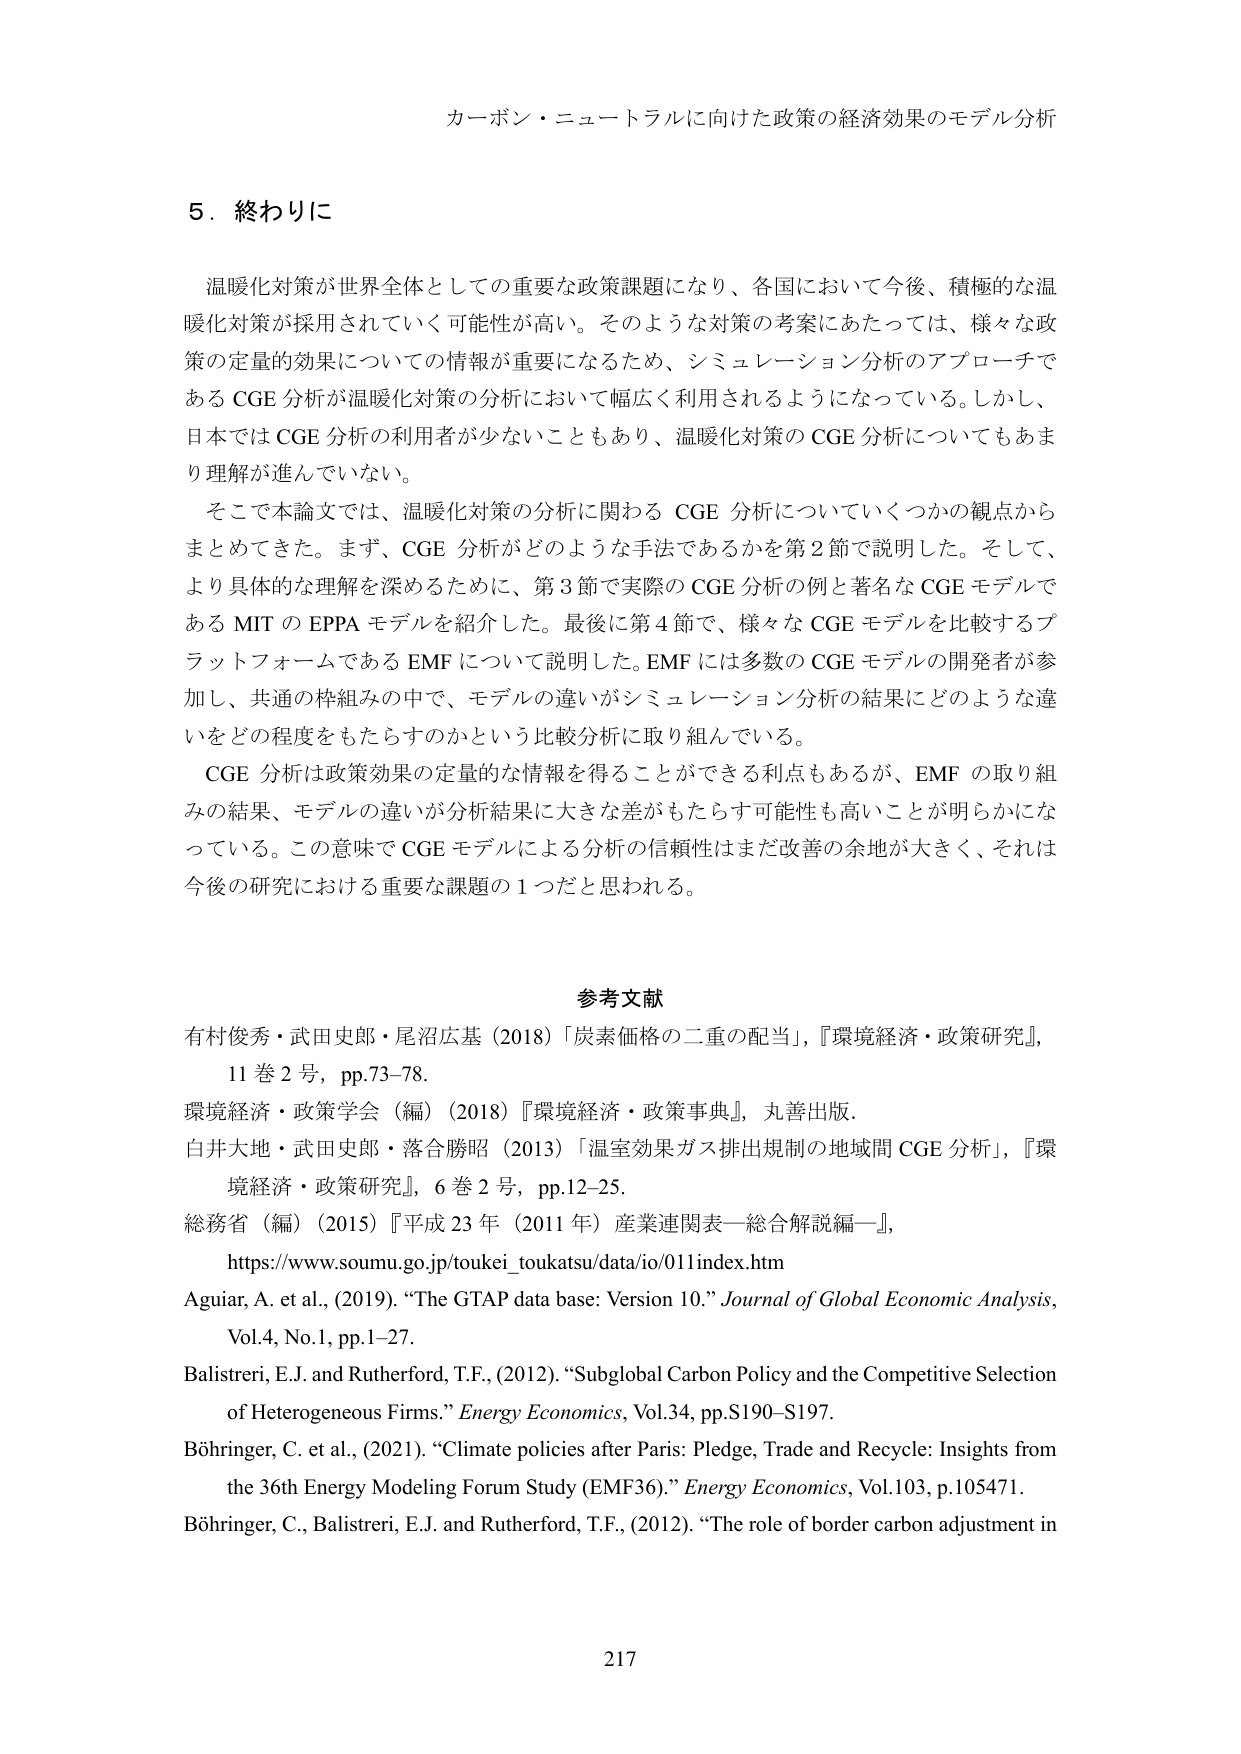
カーボン・ニュートラルに向けた政策の経済効果のモデル分析

5．終わりに

温暖化対策が世界全体としての重要な政策課題になり、各国において今後、積極的な温暖化対策が採用されていく可能性が高い。そのような対策の考案にあたっては、様々な政策の定量的効果についての情報が重要になるため、シミュレーション分析のアプローチである CGE 分析が温暖化対策の分析において幅広く利用されるようになっている。しかし、日本では CGE 分析の利用者が少ないこともあり、温暖化対策の CGE 分析についてもあまり理解が進んでいない。

そこで本論文では、温暖化対策の分析に関わる CGE 分析についていくつかの観点からまとめてきた。まず、CGE 分析がどのような手法であるかを第2節で説明した。そして、より具体的な理解を深めるために、第3節で実際の CGE 分析の例と著名な CGE モデルである MIT の EPPA モデルを紹介した。最後に第4節で、様々な CGE モデルを比較するプラットフォームである EMF について説明した。EMF には多数の CGE モデルの開発者が参加し、共通の枠組みの中で、モデルの違いがシミュレーション分析の結果にどのような違いをどの程度もたらすのかという比較分析に取り組んでいる。

CGE 分析は政策効果の定量的な情報を得ることができる利点もあるが、EMF の取り組みの結果、モデルの違いが分析結果に大きな差がもたらす可能性も高いことが明らかになっている。この意味で CGE モデルによる分析の信頼性はまだ改善の余地が大きく、それは今後の研究における重要な課題の1つだと思われる。

参考文献

有村俊秀・武田史郎・尾沼広基（2018）「炭素価格の二重の配当」，『環境経済・政策研究』，11巻2号，pp.73-78.

環境経済・政策学会（編）（2018）『環境経済・政策事典』，丸善出版.

白井大地・武田史郎・落合勝昭（2013）「温室効果ガス排出規制の地域間 CGE 分析」，『環境経済・政策研究』，6巻2号，pp.12-25.

総務省（編）（2015）『平成23年（2011年）産業連関表―総合解説編―』，https://www.soumu.go.jp/toukei_toukatsu/data/io/011index.htm

Aguiar, A. et al., (2019). “The GTAP data base: Version 10.” Journal of Global Economic Analysis, Vol.4, No.1, pp.1-27.

Balistreri, E.J. and Rutherford, T.F., (2012). “Subglobal Carbon Policy and the Competitive Selection of Heterogeneous Firms.” Energy Economics, Vol.34, pp.S190-S197.

Böhringer, C. et al., (2021). “Climate policies after Paris: Pledge, Trade and Recycle: Insights from the 36th Energy Modeling Forum Study (EMF36).” Energy Economics, Vol.103, p.105471.

Böhringer, C., Balistreri, E.J. and Rutherford, T.F., (2012). “The role of border carbon adjustment in

217